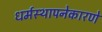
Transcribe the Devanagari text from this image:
धर्मस्थापनेकारणे